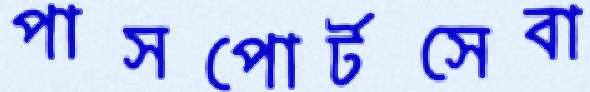
পাসপোর্টসেবা